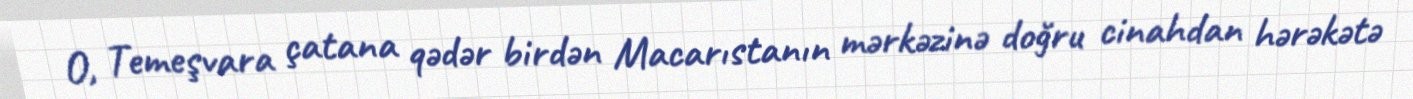
O, Temeşvara çatana qədər birdən Macarıstanın mərkəzinə doğru cinahdan hərəkətə